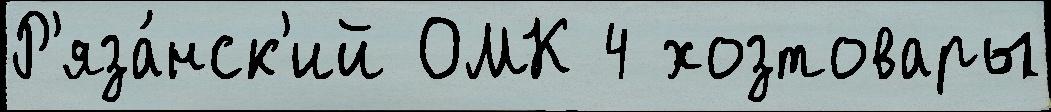
Р'яза́нск'ий ОМК 4 хозтовары